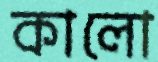
কালো